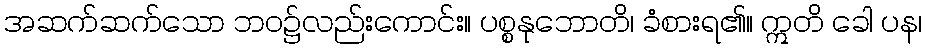
အဆက်ဆက်သော ဘဝ၌လည်းကောင်း။ ပစ္စနုဘောတိ၊ ခံစားရ၏။ ဣတိ ခေါ ပန၊